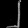
Digit: ၂